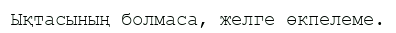
Ықтасының болмаса, желге өкпелеме.